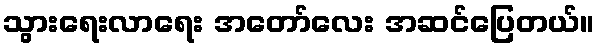
သွားရေးလာရေး အတော်လေး အဆင်ပြေတယ်။